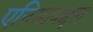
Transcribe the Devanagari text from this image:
एनिमाबद्दल